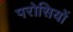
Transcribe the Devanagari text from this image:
परोसियों